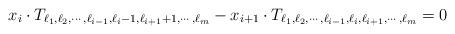
LaTeX: \begin{align*} x_i \cdot T_{\ell_1,\ell_2, \cdots, \ell_{i-1}, {\ell_{i}-1 },{\ell_{i+1}+1},\cdots,\ell_m} - x_{i+1}\cdot T_{\ell_1,\ell_2, \cdots,\ell_{i-1},\ell_{i},\ell_{i+1}, \cdots, \ell_{m}}=0\end{align*}